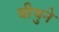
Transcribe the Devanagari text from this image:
बीथुने